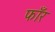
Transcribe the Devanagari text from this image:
फाँर